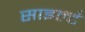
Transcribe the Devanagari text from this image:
साइल्ट॑